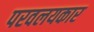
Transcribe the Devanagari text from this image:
परवलयकार